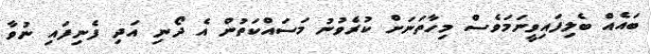
ބައެއް ބެލިފައިވީނަމަވެސް މިހާތަނަށް ކުރެވުނު މަސައްކަތުން އެ ދޯނި އަދި ފެނިފައި ނުވާ